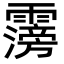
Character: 霶